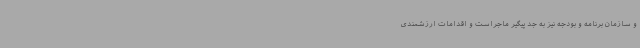
و سازمان برنامه و بودجه نیز به جد پیگیر ماجراست و اقدامات ارزشمندی